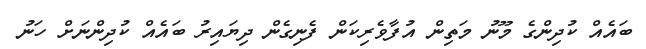
ބައެއް ކުދިންގެ މޫނު މަތިން އުފާވެރިކަން ފެނިގެން ދިޔައިރު ބައެއް ކުދިންނަށް ހަނު